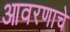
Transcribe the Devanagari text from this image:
आवरणाचे